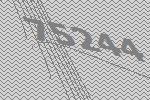
75244